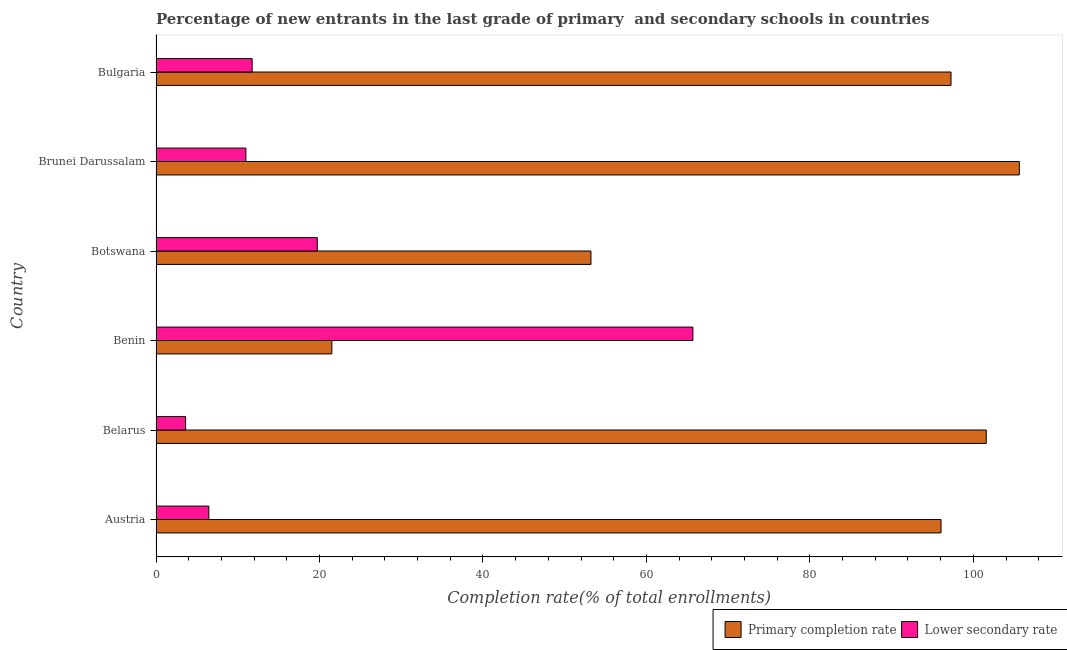
| Country | Primary completion rate | Lower secondary rate |
 | --- | --- | --- |
 | Austria | 96 | 6.46 |
 | Belarus | 102 | 3.62 |
 | Benin | 21.5 | 65.7 |
 | Botswana | 53.2 | 19.7 |
 | Brunei Darussalam | 106 | 11 |
 | Bulgaria | 97.3 | 11.8 |